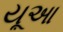
યૂઆ